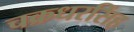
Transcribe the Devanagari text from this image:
चक्रधरसिंह